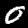
Label: 0